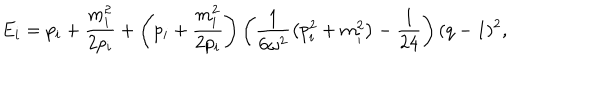
E _ { i } = p _ { i } + \frac { m _ { i } ^ { 2 } } { 2 p _ { i } } + \left( p _ { i } + \frac { m _ { i } ^ { 2 } } { 2 p _ { i } } \right) \left( \frac { 1 } { 6 \omega ^ { 2 } } \left( p _ { i } ^ { 2 } + m _ { i } ^ { 2 } \right) - \frac { 1 } { 2 4 } \right) ( q - 1 ) ^ { 2 } ,